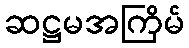
ဆဋ္ဌမအကြိမ်